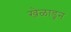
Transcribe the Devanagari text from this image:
खेळाडून